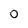
Character: O